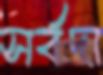
সর্বদা